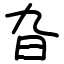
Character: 旮